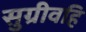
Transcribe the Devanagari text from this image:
सुग्रीवहि